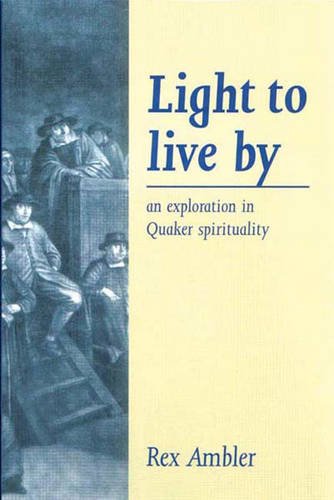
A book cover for Light to Live by: An Exploration of Quaker Spirituality; Rex Ambler; Christian Books & Bibles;